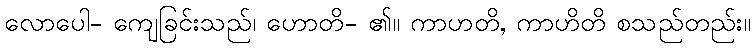
လောပေါ- ကျေခြင်းသည်၊ ဟောတိ- ၏။ ကာဟတိ, ကာဟိတိ စသည်တည်း။